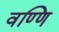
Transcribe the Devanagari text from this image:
वण्णि